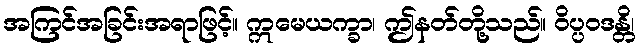
အကြင်အခြင်းအရာဖြင့်။ ဣမေယက္ခာ၊ ဤနတ်တို့သည်။ ဝိပ္ပဝဒန္တိ၊